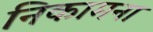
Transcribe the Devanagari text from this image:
निकामना